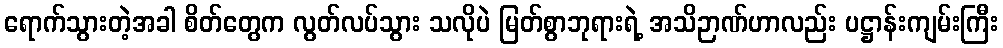
ရောက်သွားတဲ့အခါ စိတ်တွေက လွတ်လပ်သွား သလိုပဲ မြတ်စွာဘုရားရဲ့ အသိဉာဏ်ဟာလည်း ပဋ္ဌာန်းကျမ်းကြီး